Source: Handwritten
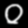
Digit: ၀ (0)